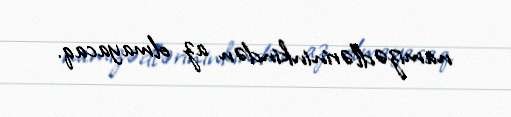
namizədlərininkindən az olmayacaq.